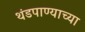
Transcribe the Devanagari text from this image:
थंडपाण्याच्या